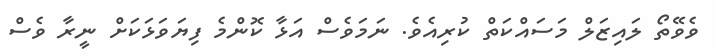
ވެވޭތޯ ލައިޒަލް މަސައްކަތް ކުރިއެވެ. ނަމަވެސް އަޅާ ކޮންމެ ފިޔަވަޅަކަށް ނީރާ ވެސް